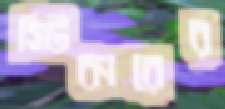
স্টিকারের